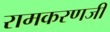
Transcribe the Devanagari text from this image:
रामकरणजी